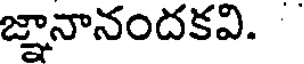
జ్ఞానానందకవి.